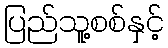
ပြည်သူ့စစ်နှင့်